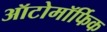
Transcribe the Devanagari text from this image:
ऑटोमॉर्फिक